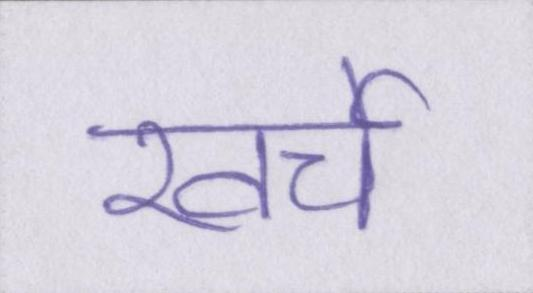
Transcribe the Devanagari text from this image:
खर्चे